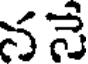
ననే